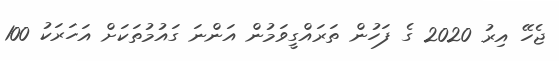
ޖެހޭ އިރު 2020 ގެ ފަހުން ތަރައްގީވަމުން އަންނަ ގައުމުތަކަށް އަހަރަކު 100